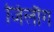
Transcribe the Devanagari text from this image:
जिलौग